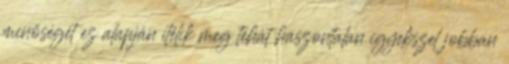
minőségét ez alapján ítélik meg tehát haszontalan igyekszel jobban